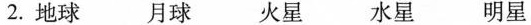
2.地球 月球 火星 水星 明星